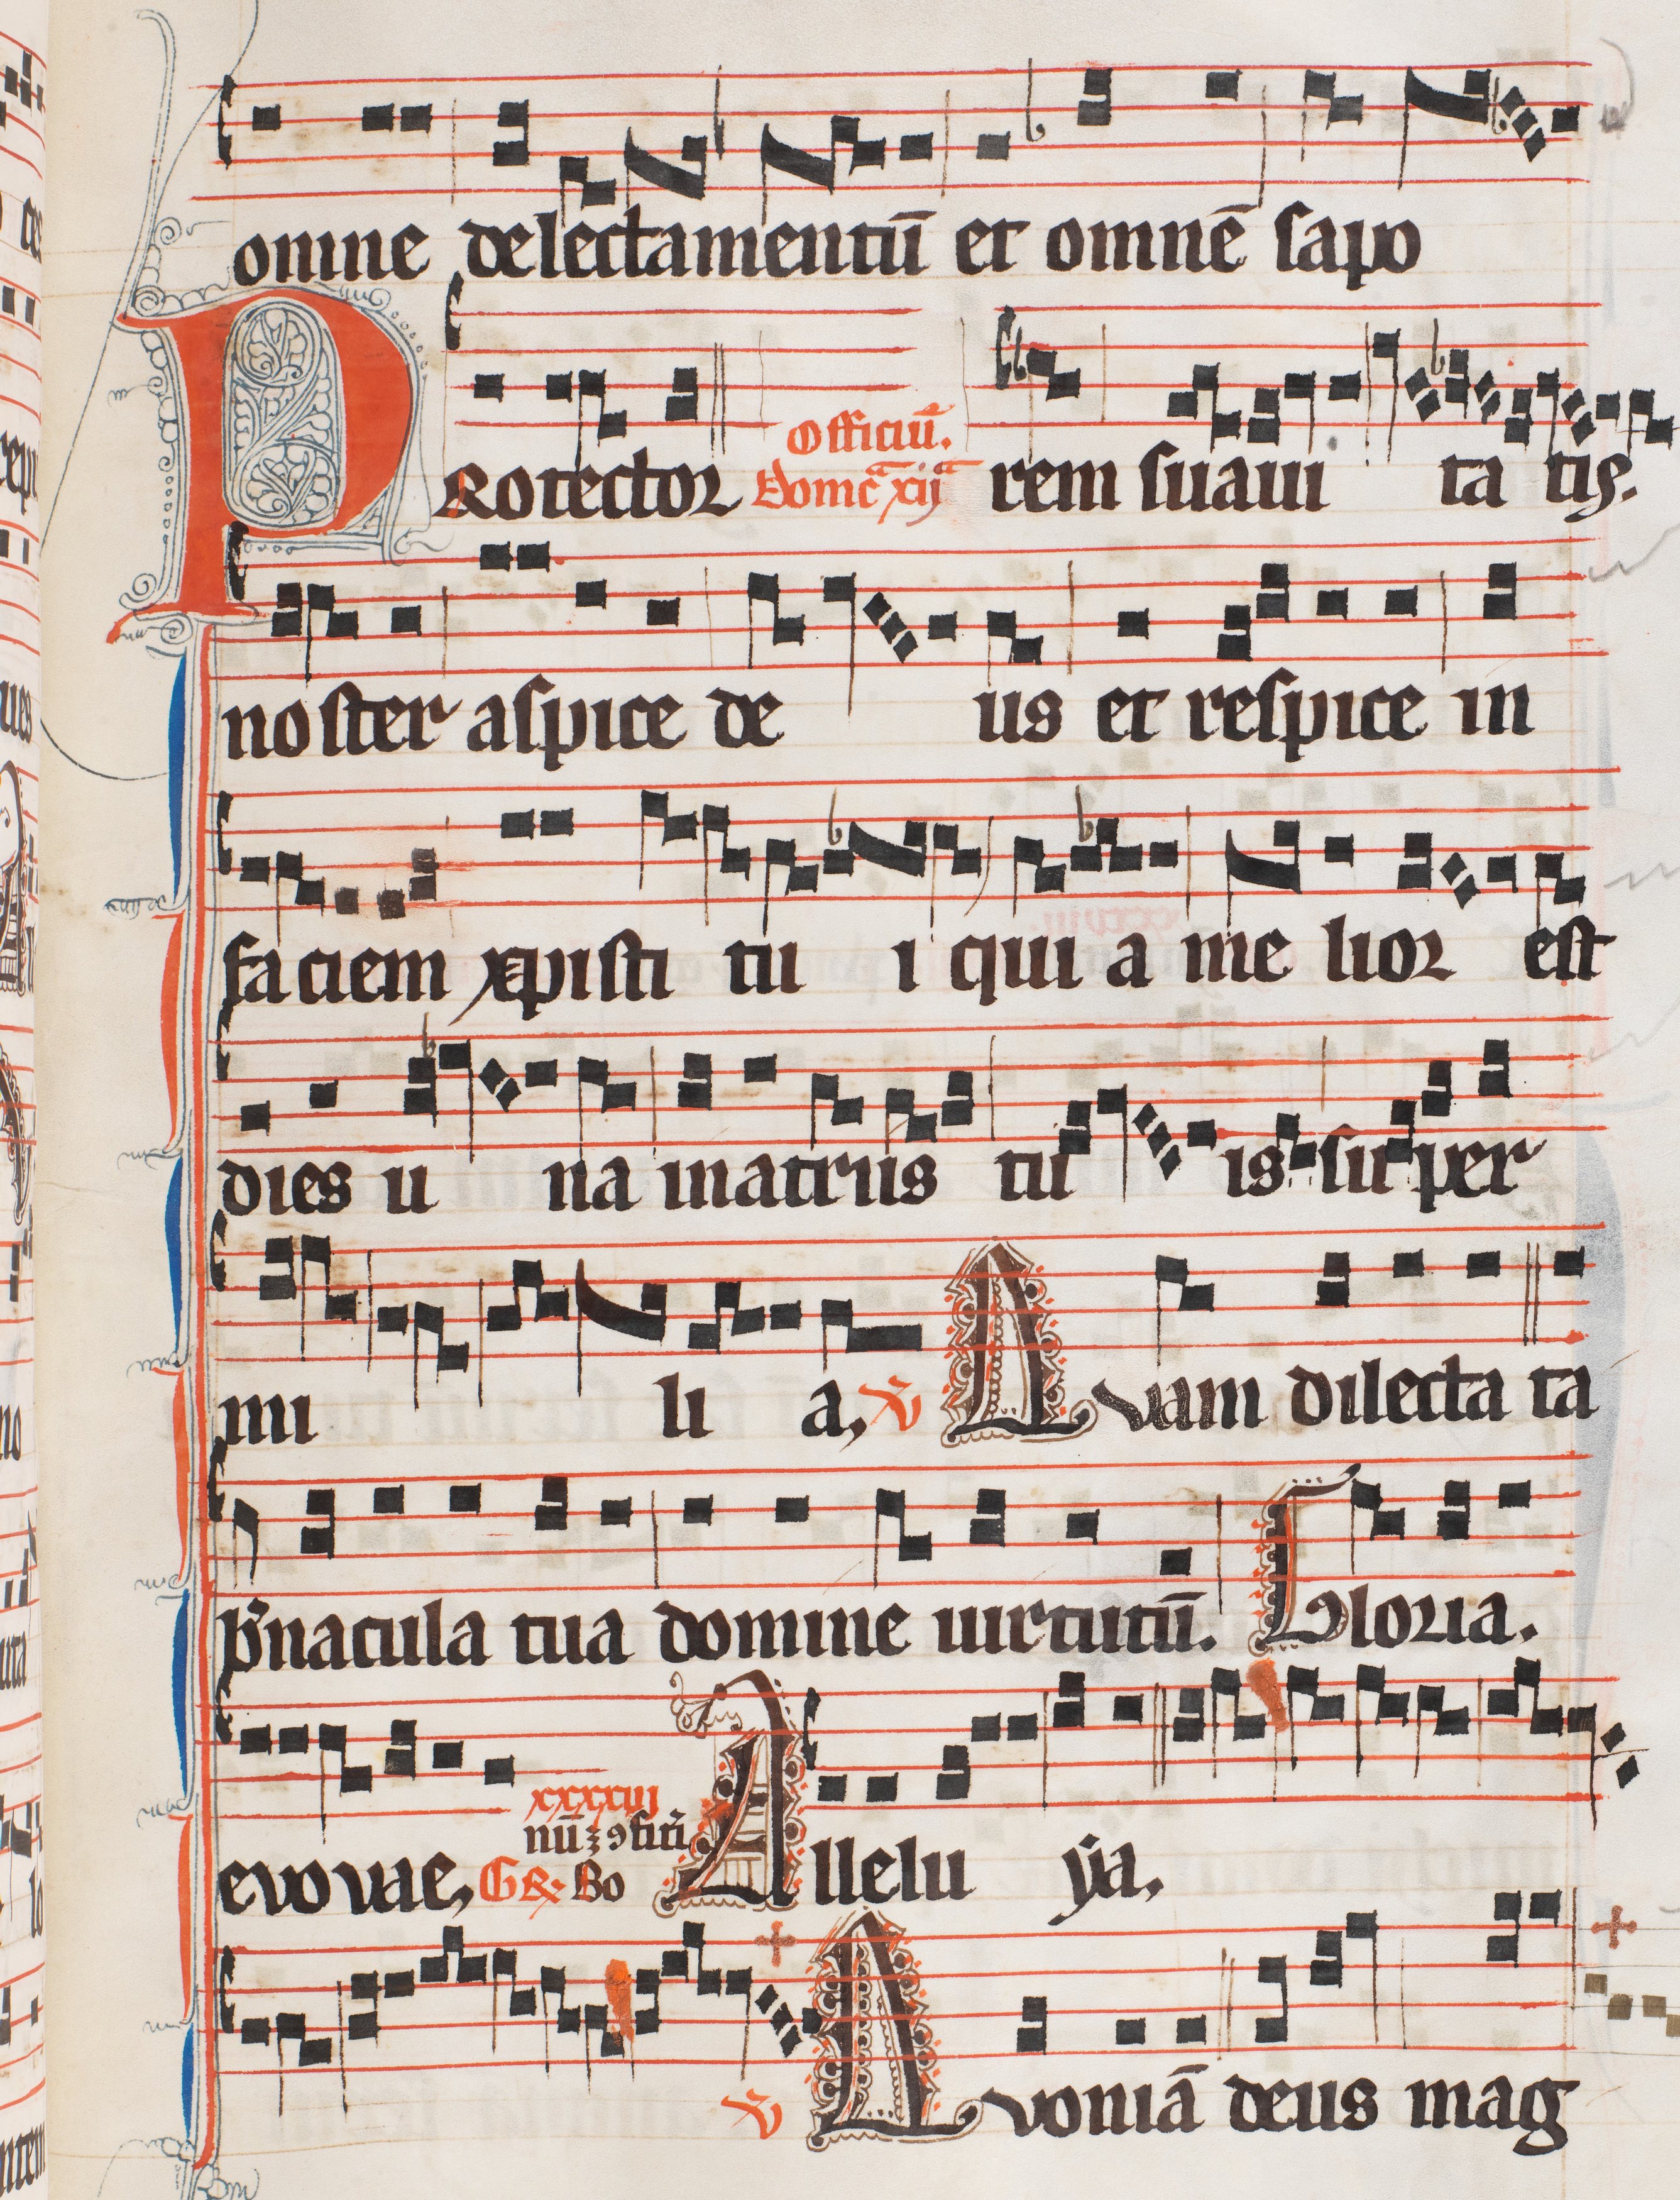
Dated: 1300–1327